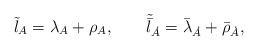
LaTeX: \begin{align*}\tilde{{\l}}_{A}= \lambda_{A} + \rho_A , \qquad \tilde{\bar{\l}}_{\dot{A}} = \bar{\lambda}_{\dot{A}} + \bar{\rho}_{\dot{A}} ,\end{align*}